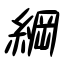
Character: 綱